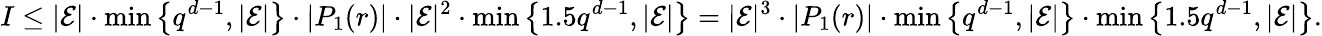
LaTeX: I\leq|\mathcal{E}|\cdot\operatorname*{min}\left\{ q^{d-1},|\mathcal{E}|\right\} \cdot|P_{1}(r)|\cdot|\mathcal{E}|^{2}\cdot\operatorname*{min}\left\{ 1.5q^{d-1},|\mathcal{E}|\right\} =|\mathcal{E}|^{3}\cdot|P_{1}(r)|\cdot\operatorname*{min}\left\{ q^{d-1},|\mathcal{E}|\right\} \cdot\operatorname*{min}\left\{ 1.5q^{d-1},|\mathcal{E}|\right\} .